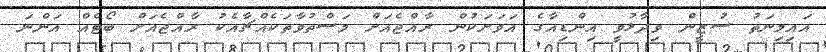
އައިމިނަތު ސުޒީން ވިދާޅުވީ އިންޑިއާގެ އަވަށަކުން ރާއްޖެއަށް މަސްތުވާތަކެއްޗާއެކު ރާއްޖެއަށް ބޯޓެއް އަންނަ